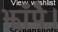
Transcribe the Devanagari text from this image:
झाँपै।